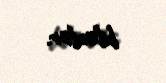
bilərlər.